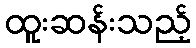
ထူးဆန်းသည့်